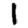
Digit: 1